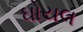
ઘોયલ